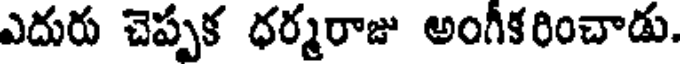
ఎదురు చెప్పక ధర్మరాజు అంగీకరించాడు.